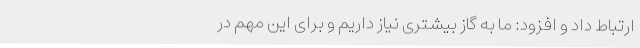
ارتباط داد و افزود: ما به گاز بیشتری نیاز داریم و برای این مهم در